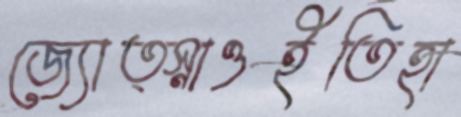
জ্যোত্স্নাওইতিহা